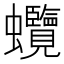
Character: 𧖐